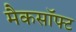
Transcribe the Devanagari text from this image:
मैकसॉफ्ट